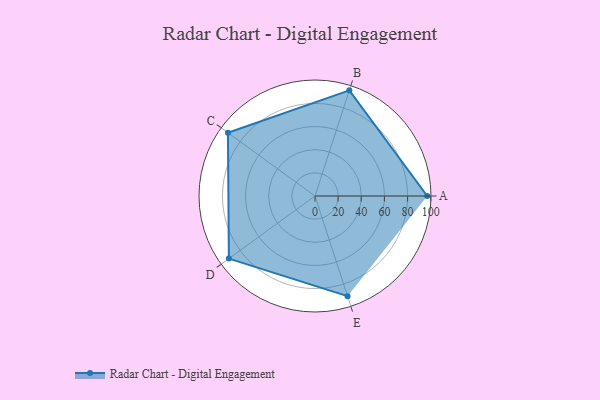
{"axis": {"x": "Skill", "y": "Score"}, "legend": ["Profile"], "data": [{"x": "A", "y": 97.0, "type": "Profile"}, {"x": "B", "y": 96.0, "type": "Profile"}, {"x": "C", "y": 93.0, "type": "Profile"}, {"x": "D", "y": 92.0, "type": "Profile"}, {"x": "E", "y": 91.0, "type": "Profile"}]}